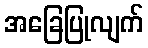
အခြေပြုလျက်